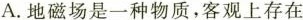
A.地磁场是一种物质，客观上存在